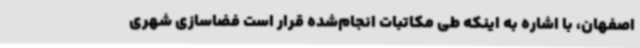
اصفهان، با اشاره به اینکه طی مکاتبات انجام‌شده قرار است فضاسازی شهری